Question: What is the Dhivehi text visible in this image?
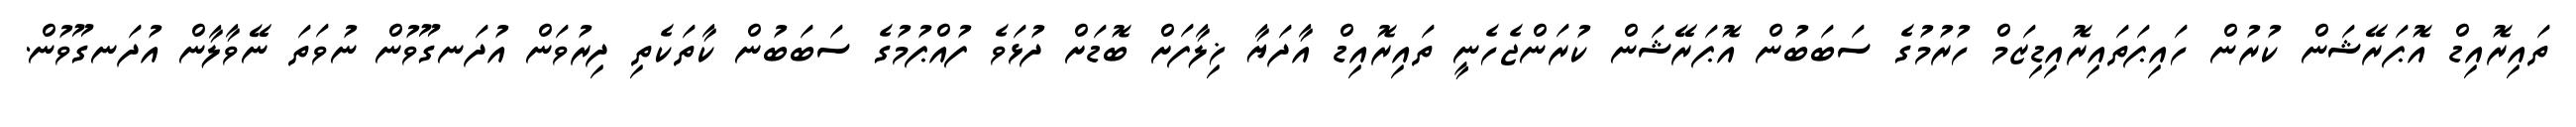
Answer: ތައިރޮއިޑް އޮޕަރޭޝަން ކުރުން ހައިޕަތައިރޮއިޑިޒަމް ހުރުމުގެ ސަބަބުން އޮޕަރޭޝަން ކުރަންޖެހެނީ ތައިރޮއިޑް އާދަޔާ ޚިލާފަށް ބޮޑަށް ދުޅަވެ ފުއްޕުމުގެ ސަބަބުން ކާތަކެތި ދިރުވަން އުދަނގޫވުން ނުވަތަ ނޭވާލާން އުދަނގޫވުން.